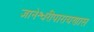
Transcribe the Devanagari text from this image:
ज्ञानेश्वरीपारायणास